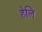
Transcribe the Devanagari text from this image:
हेलि